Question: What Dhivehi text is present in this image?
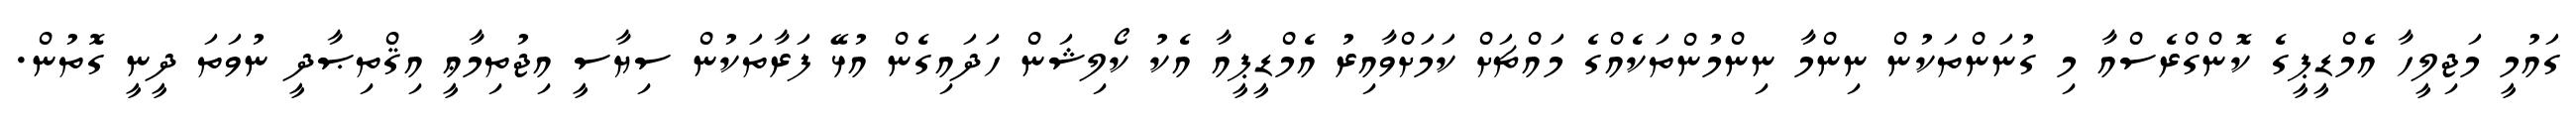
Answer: ގައުމީ މަޖިލީހާ އެމްޑީޕީގެ ކޮންގްރެސްއާ މި ގުނަންތަކުން ނިންމާ ނިންމުންތަކެއްގެ މައްޗަށް ކަމަށްވާއިރު އެމްޑީޕީއާ އެކު ކޯލިޝަން ހަދައިގެން އުޅޭ ފަރާތަކުން ސިޔާސީ އިޖުތިމާޢީ އިޤްތިޞާދީ ނުވަތަ ދީނީ ގޮތުން.